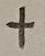
Text: +